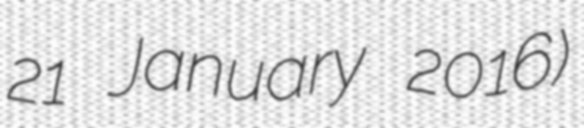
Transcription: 21 January 2016)